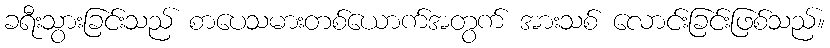
ခရီးသွားခြင်းသည် စာပေသမားတစ်ယောက်အတွက် အားသစ် လောင်းခြင်းဖြစ်သည်။